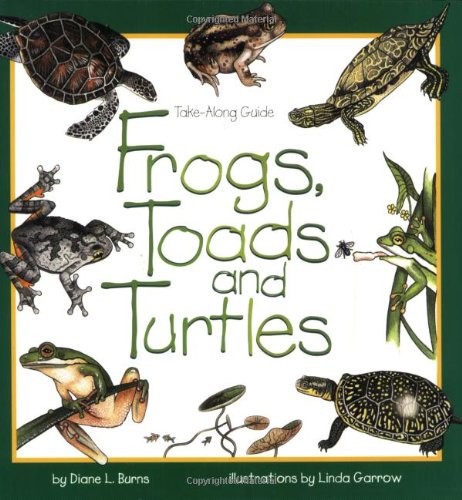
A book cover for Frogs, Toads & Turtles: Take Along Guide (Take Along Guides); Diane Burns; Children's Books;